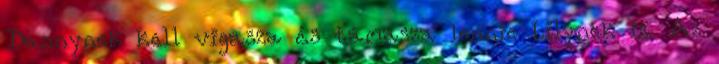
Dannynek kell vigasza és támasza lennie Lilynek is. Az